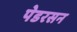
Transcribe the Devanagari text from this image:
पेडरसन